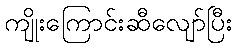
ကျိုးကြောင်းဆီလျော်ပြီး